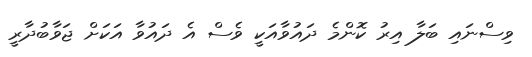
ވިސްނައި ބަލާ އިރު ކޮންމެ ދައުވާއަކީ ވެސް އެ ދައުވާ އަކަށް ޖަވާބުދާރީ